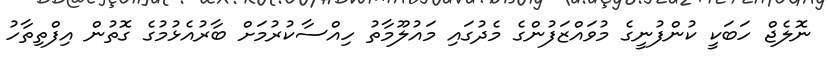
ނޮލެޖް ހަބަކީ ކުންފުނީގެ މުވައްޒަފުންގެ މެދުގައި މައުލޫމާތު ހިއްސާކުރުމަށް ބާރުއެޅުމުގެ ގޮތުން އިފްތިތާހު